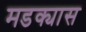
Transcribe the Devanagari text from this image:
मडक्यास